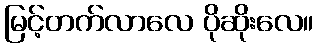
မြင့်တက်လာလေ ပိုဆိုးလေ။